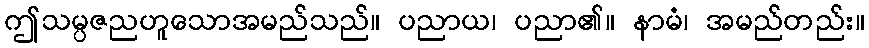
ဤသမ္ပဇညဟူသောအမည်သည်။ ပညာယ၊ ပညာ၏။ နာမံ၊ အမည်တည်း။